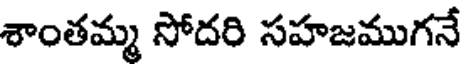
శాంతమ్మ సోదరి సహజముగనే